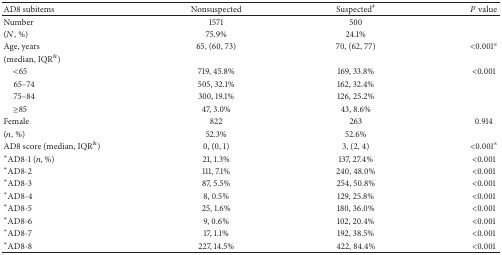
| AD8 subitems | Nonsuspected | Suspected# | P value |
 | --- | --- | --- | --- |
 | Number | 1571 | 500 |  |
 | (N, %) | 75.9% | 24.1% |  |
 | Age, years | 65, (60, 73) | 70, (62, 77) | <0.001※ |
 | (median, IQR&) |  |  |  |
 | <65 | 719, 45.8% | 169, 33.8% | <0.001 |
 | 65–74 | 505, 32.1% | 162, 32.4% |  |
 | 75–84 | 300, 19.1% | 126, 25.2% |  |
 | ≥85 | 47, 3.0% | 43, 8.6% |  |
 | Female | 822 | 263 | 0.914 |
 | (n, %) | 52.3% | 52.6% |  |
 | AD8 score (median, IQR&) | 0, (0, 1) | 3, (2, 4) | <0.001※ |
 | *AD8-1 (n, %) | 21, 1.3% | 137, 27.4% | <0.001 |
 | *AD8-2 | 111, 7.1% | 240, 48.0% | <0.001 |
 | *AD8-3 | 87, 5.5% | 254, 50.8% | <0.001 |
 | *AD8-4 | 8, 0.5% | 129, 25.8% | <0.001 |
 | *AD8-5 | 25, 1.6% | 180, 36.0% | <0.001 |
 | *AD8-6 | 9, 0.6% | 102, 20.4% | <0.001 |
 | *AD8-7 | 17, 1.1% | 192, 38.5% | <0.001 |
 | *AD8-8 | 227, 14.5% | 422, 84.4% | <0.001 |